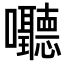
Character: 𪢧